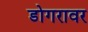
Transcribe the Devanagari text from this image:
डोगरावर